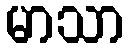
မာသာ